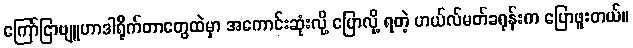
ကြော်ငြာဗျူဟာဒါရိုက်တာတွေထဲမှာ အကောင်းဆုံးလို့ ပြောလို့ ရတဲ့ ဟယ်လ်မတ်ခရုန်းက ပြောဖူးတယ်။